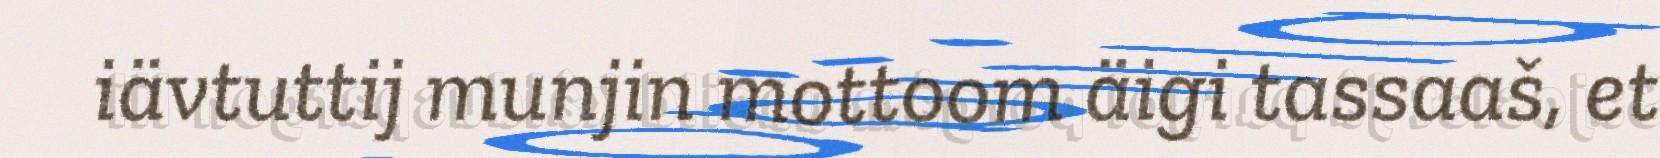
iävtuttij munjin mottoom äigi tassaaš, et